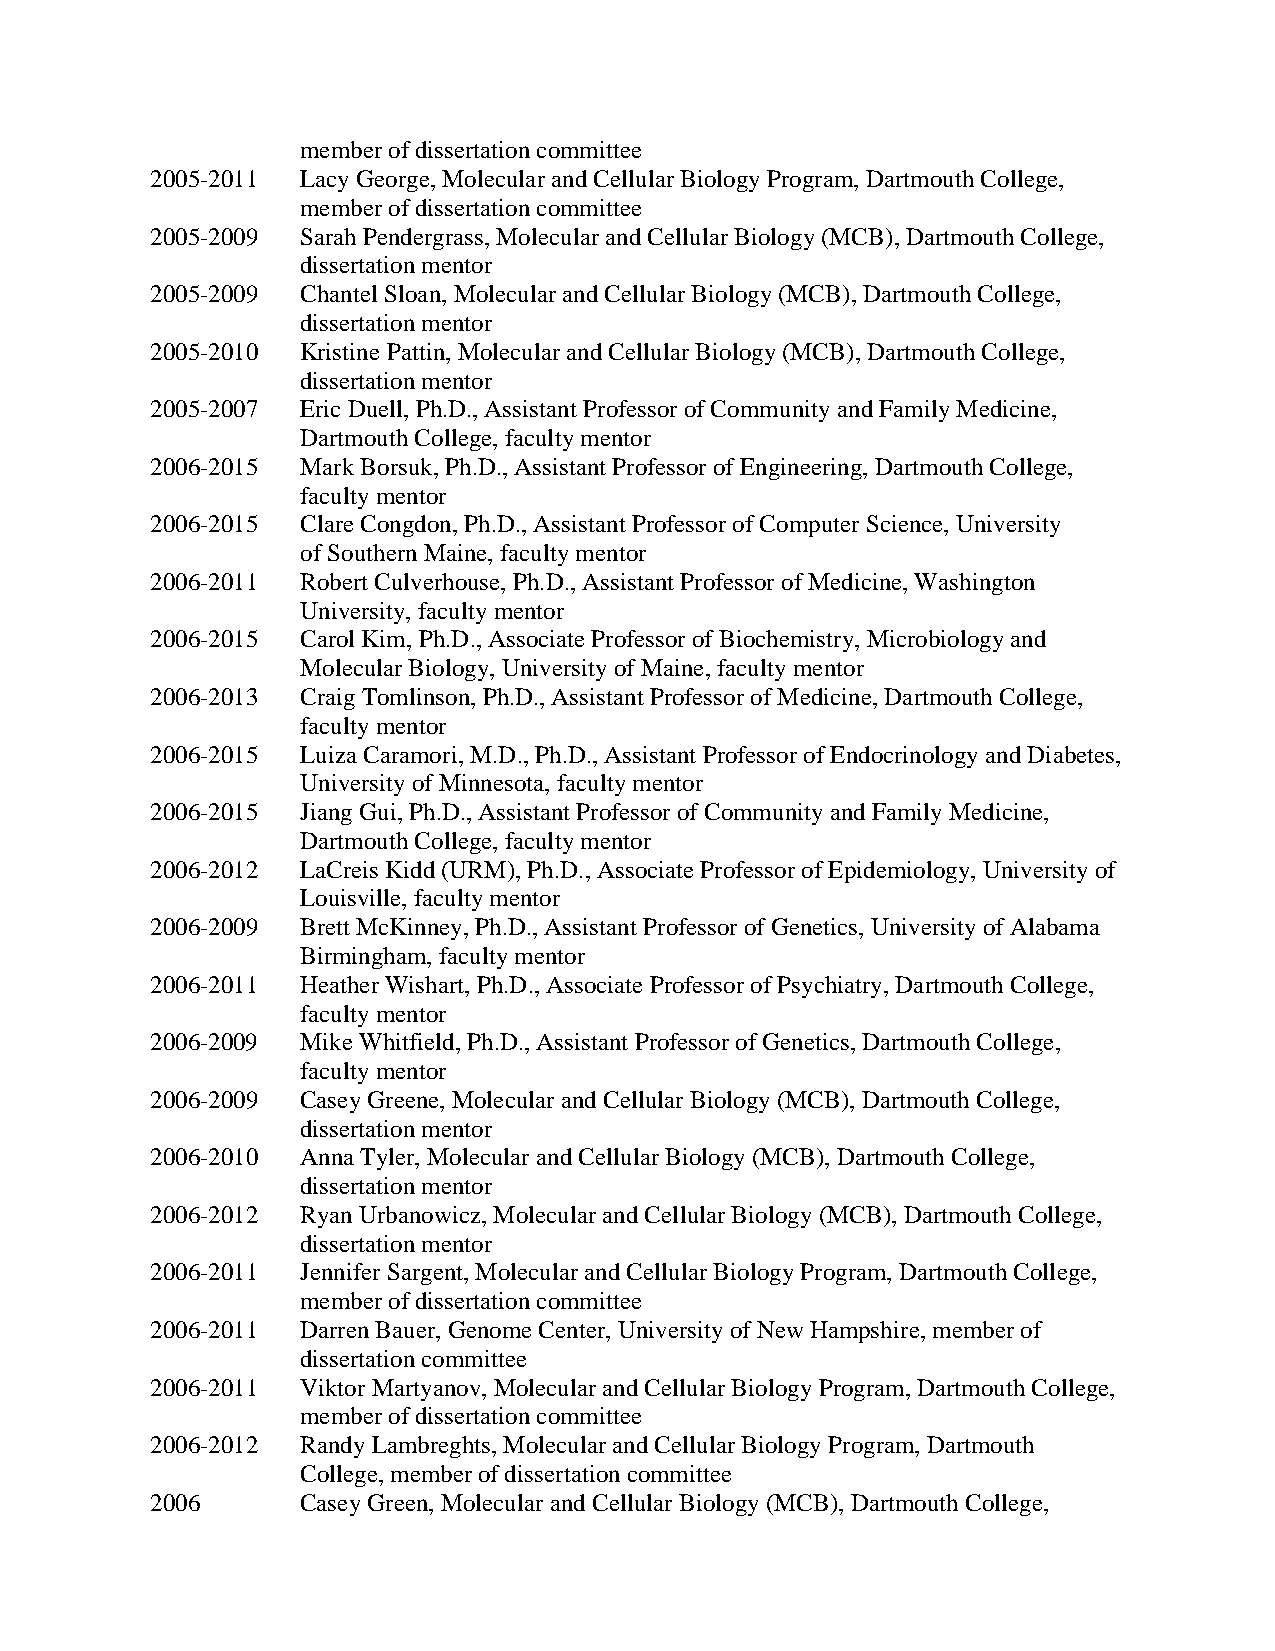
member of dissertation committee
 2005-2011 Lacy George, Molecular and Cellular Biology Program, Dartmouth College,
 member of dissertation committee
 2005-2009 Sarah Pendergrass, Molecular and Cellular Biology (MCB), Dartmouth College,
 dissertation mentor
 2005-2009 Chantel Sloan, Molecular and Cellular Biology (MCB), Dartmouth College,
 dissertation mentor
 2005-2010 Kristine Pattin, Molecular and Cellular Biology (MCB), Dartmouth College,
 dissertation mentor
 2005-2007 Eric Duell, Ph.D., Assistant Professor of Community and Family Medicine,
 Dartmouth College, faculty mentor
 2006-2015 Mark Borsuk, Ph.D., Assistant Professor of Engineering, Dartmouth College,
 faculty mentor
 2006-2015 Clare Congdon, Ph.D., Assistant Professor of Computer Science, University
 of Southern Maine, faculty mentor
 2006-2011 Robert Culverhouse, Ph.D., Assistant Professor of Medicine, Washington
 University, faculty mentor
 2006-2015 Carol Kim, Ph.D., Associate Professor of Biochemistry, Microbiology and
 Molecular Biology, University of Maine, faculty mentor
 2006-2013 Craig Tomlinson, Ph.D., Assistant Professor of Medicine, Dartmouth College,
 faculty mentor
 2006-2015 Luiza Caramori, M.D., Ph.D., Assistant Professor of Endocrinology and Diabetes,
 University of Minnesota, faculty mentor
 2006-2015 Jiang Gui, Ph.D., Assistant Professor of Community and Family Medicine,
 Dartmouth College, faculty mentor
 2006-2012 LaCreis Kidd (URM), Ph.D., Associate Professor of Epidemiology, University of
 Louisville, faculty mentor
 2006-2009 Brett McKinney, Ph.D., Assistant Professor of Genetics, University of Alabama
 Birmingham, faculty mentor
 2006-2011 Heather Wishart, Ph.D., Associate Professor of Psychiatry, Dartmouth College,
 faculty mentor
 2006-2009 Mike Whitfield, Ph.D., Assistant Professor of Genetics, Dartmouth College,
 faculty mentor
 2006-2009 Casey Greene, Molecular and Cellular Biology (MCB), Dartmouth College,
 dissertation mentor
 2006-2010 Anna Tyler, Molecular and Cellular Biology (MCB), Dartmouth College,
 dissertation mentor
 2006-2012 Ryan Urbanowicz, Molecular and Cellular Biology (MCB), Dartmouth College,
 dissertation mentor
 2006-2011 Jennifer Sargent, Molecular and Cellular Biology Program, Dartmouth College,
 member of dissertation committee
 2006-2011 Darren Bauer, Genome Center, University of New Hampshire, member of
 dissertation committee
 2006-2011 Viktor Martyanov, Molecular and Cellular Biology Program, Dartmouth College,
 member of dissertation committee
 2006-2012 Randy Lambreghts, Molecular and Cellular Biology Program, Dartmouth
 College, member of dissertation committee
 2006      Casey Green, Molecular and Cellular Biology (MCB), Dartmouth College,